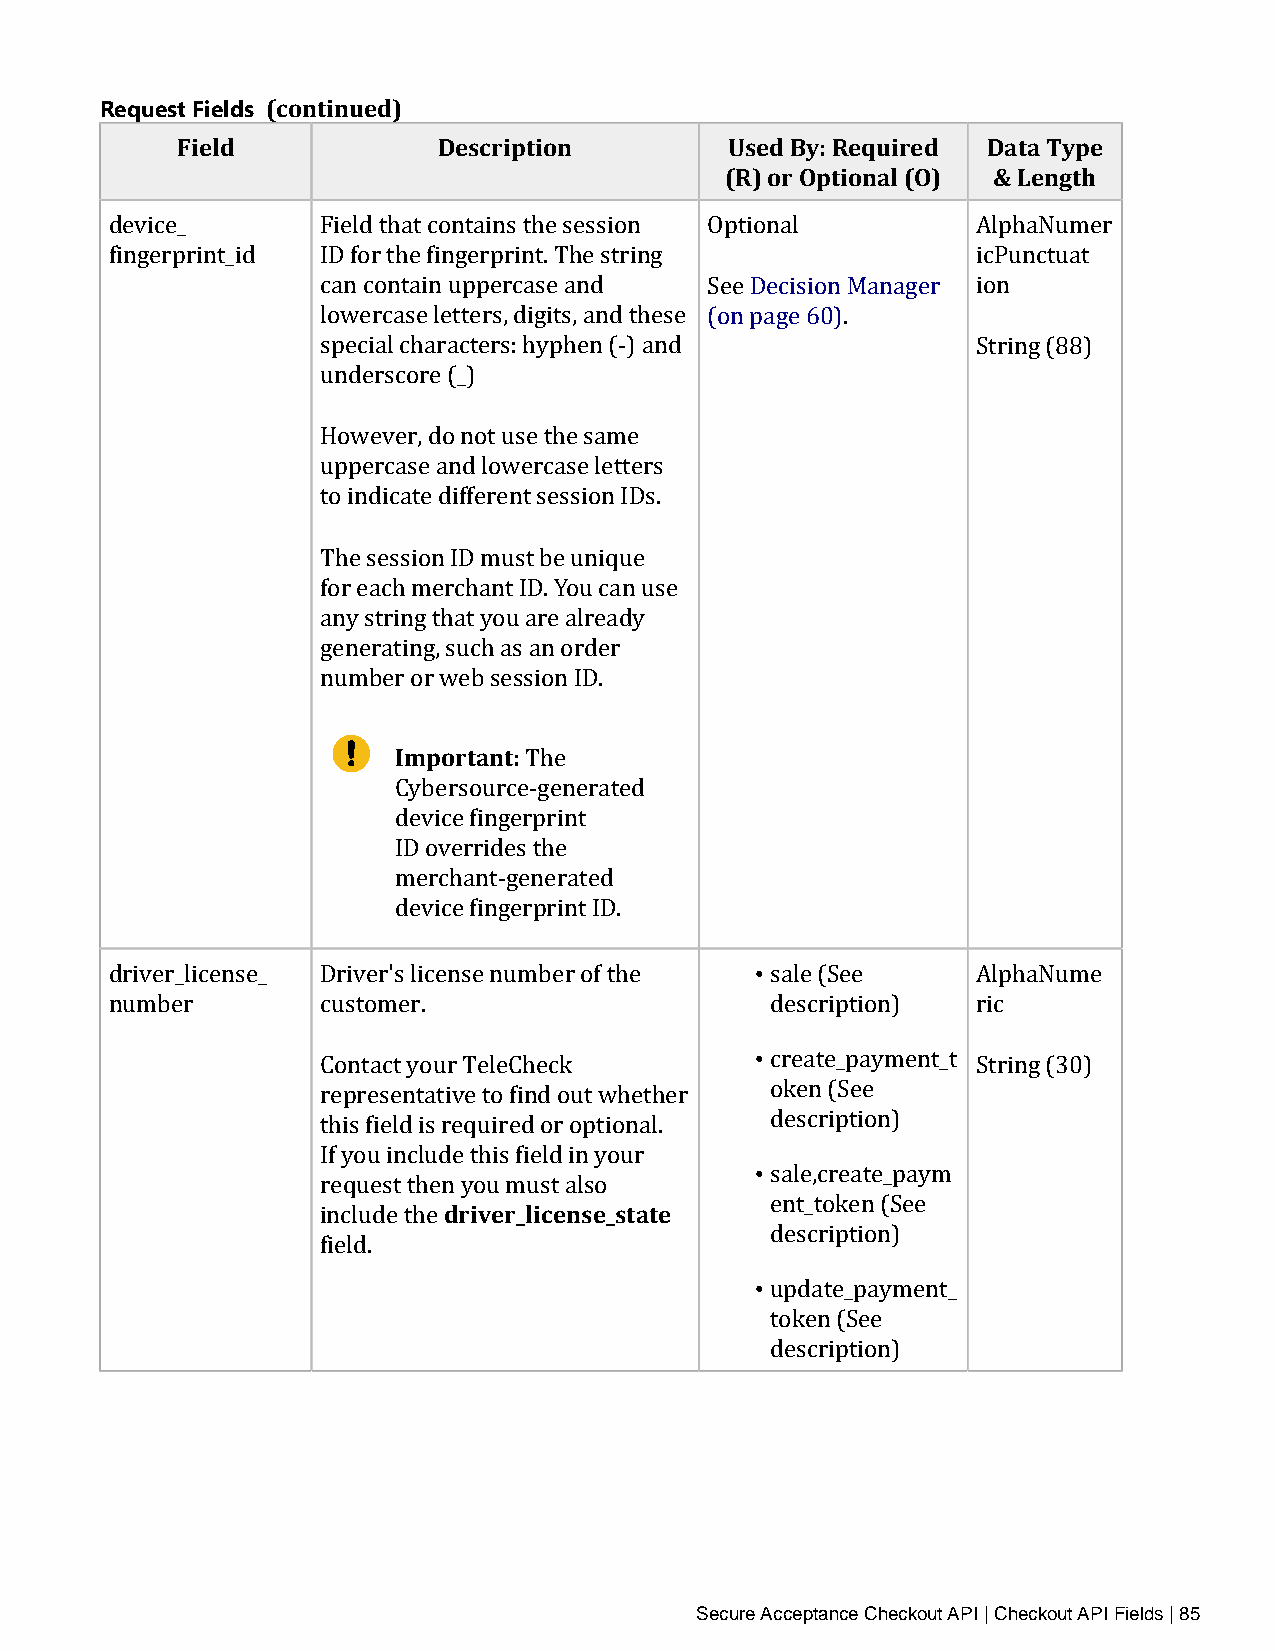
Request Fields (continued)
 Field            Description        Used By: Required Data Type
 (R) or Optional (O) & Length
 device_       Field that contains the session Optional    AlphaNumer
 fingerprint_id ID for the fingerprint. The string         icPunctuat
 can contain uppercase and See Decision Manager ion
 lowercase letters, digits, and these (on page 60).
 special characters: hyphen (‑) and          String (88)
 underscore (_)
 However, do not use the same
 uppercase and lowercase letters
 to indicate different session IDs.
 The session ID must be unique
 for each merchant ID. You can use
 any string that you are already
 generating, such as an order
 number or web session ID.
 Important:
 The
 Cybersource‑generated
 device fingerprint
 ID overrides the
 merchant‑generated
 device fingerprint ID.
 •
 driver_license_ Driver's license number of the sale (See  AlphaNume
 number        customer.                    • description) ric
 Contact your TeleCheck        create_payment_t String (30)
 representative to find out whether oken (See
 this field is required or optional. • description)
 If you includder tivheisr f_ileiclde nins ey_osutra te
 sale,create_paym
 request then you must also
 ent_token (See
 include the
 • description)
 field.
 update_payment_
 token (See
 description)
 Secure Acceptance Checkout API | Checkout API Fields | 85